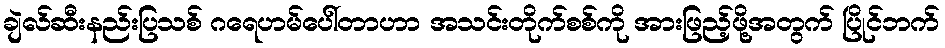
ချဲလ်ဆီးနည်းပြသစ် ဂရေဟမ်ပေါ်တာဟာ အသင်းတိုက်စစ်ကို အားဖြည့်ဖို့အတွက် ပြိုင်ဘက်